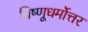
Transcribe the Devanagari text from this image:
विष्णूधर्मोत्तर